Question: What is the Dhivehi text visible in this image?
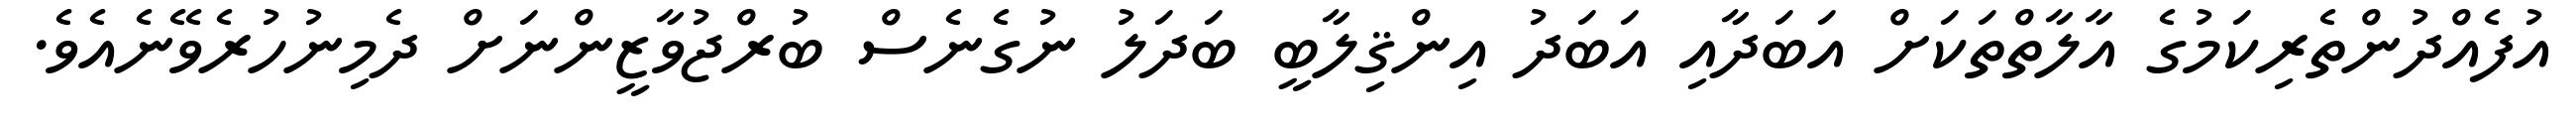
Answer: އުފެއްދުންތެރިކަމުގެ އާލާތްތަކަށް އަބަދާއި އަބަދު އިންޤިލާބީ ބަދަލު ނުގެނެސް ބުރްޖުވާޒީންނަށް ދެމިނުހުރެވޭނެއެވެ.